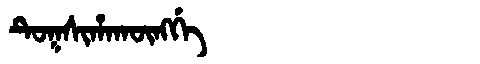
Manchu: ᡨᡠᡴᠰᡳᡥᠠᡴᡡᠩᡤᡝ
Romanization: TUKSIHAKŪNGGE